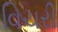
વિચરી